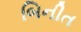
બિનીત